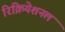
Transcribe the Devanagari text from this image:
रिक्रियेशनल